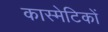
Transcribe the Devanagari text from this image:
कास्मेटिकों